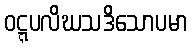
ဝဋ္ဋပလိဃသဒိသောပမာ